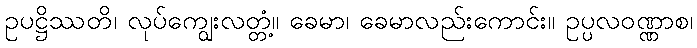
ဥပဋ္ဌိဿတိ၊ လုပ်ကျွေးလတ္တံ့။ ခေမာ၊ ခေမာလည်းကောင်း။ ဥပ္ပလဝဏ္ဏာစ၊